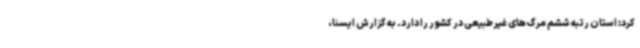
کرد: استان رتبه ششم مرگ‌های غیر طبیعی در کشور را دارد. به گزارش ایسنا،